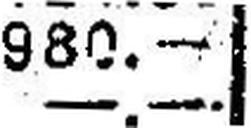
—.—